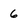
Character: 6